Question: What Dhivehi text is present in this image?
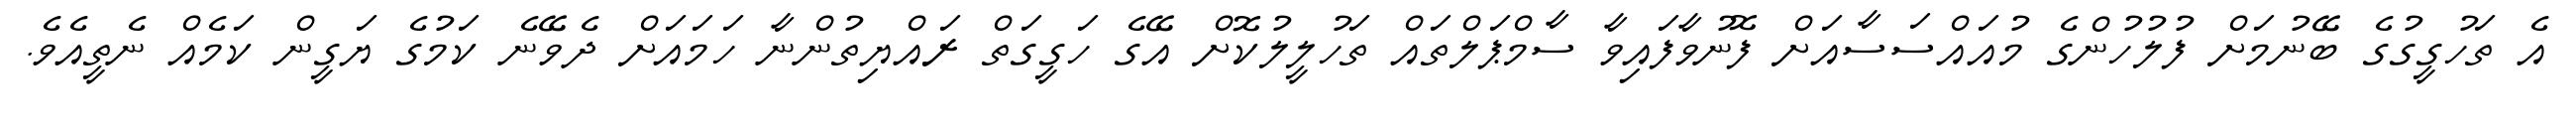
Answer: އެ ތަހުގީގުގެ ބޭނުމަށް ފުލުހުންގެ މުއައްސަސާއަށް ފޮނުވާފައިވާ ސާމްޕަލްތައް ތަހުލީލުކޮށް އޭގެ ހަގީގަތް ރައްޔިތުންނާ ހަމައަށް ދެވޭނެ ކަމުގެ ޔަގީން ކަމެއް ނެތީއެވެ.